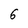
Character: 6